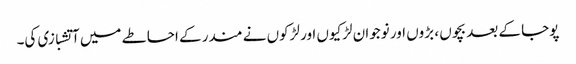
پوجا کے بعد بچوں ، بڑوں اور نوجوان لڑکیوں اور لڑکوں نے مندر کے احاطے میں آتشبازی کی۔